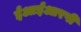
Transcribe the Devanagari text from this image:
ईआईआरपी